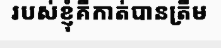
របស់ខ្ញុំគឺកាត់បានត្រឹម